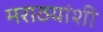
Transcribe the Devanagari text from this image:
मराठयांशी